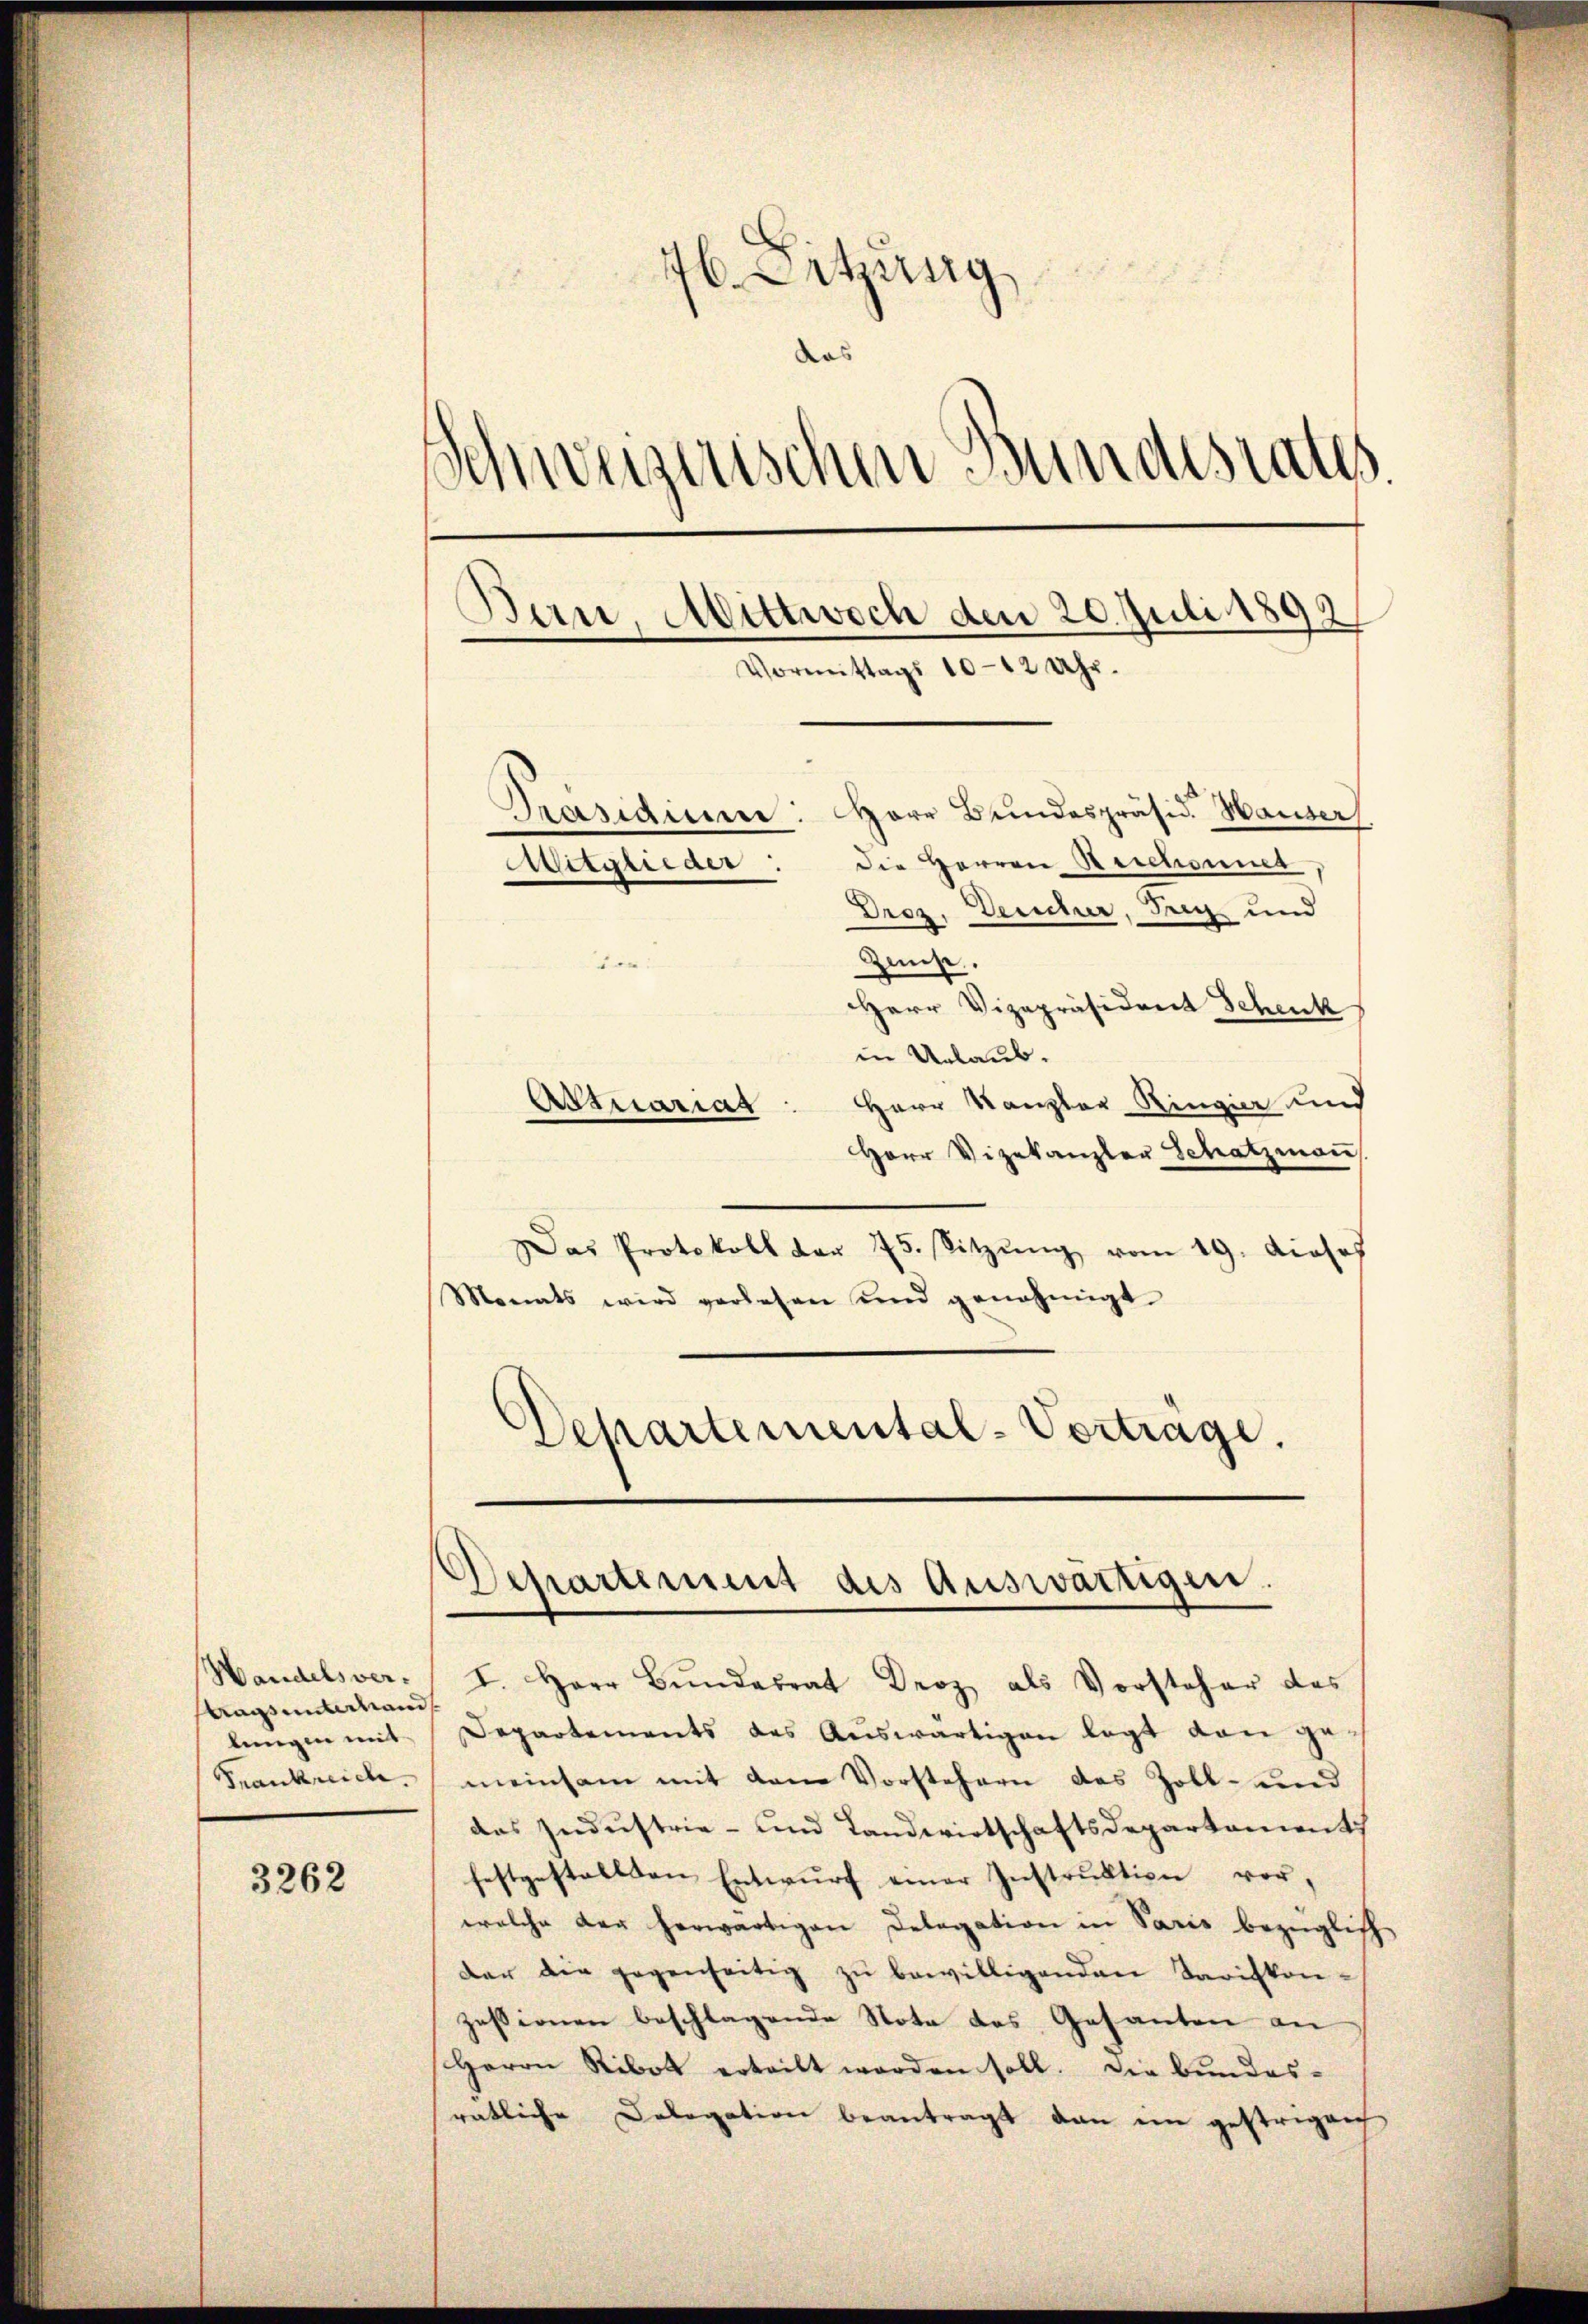
Bausunterhand
lungen mit

3262

76. Setzung
das
Schweizerischen Bundesrates.
Bern, Mittwoch den 20. Juli 189
Vormittags 10-12 Uhr.
Herr Bundespräsid. Hauser
Präsidium
die Herren Beschonnet
Mitglieder
Droz. Deucher, Teig und

Departement des Auswärtigen.
Handelsver. I. Herr Bŭndesrat Droz als Vorsteher des

Zeise.
:
HHerr Vizepräsident Schenk
in Urlaub.
Herr Kanzler Ringier und
Adinariat
Herr Vizekanzler Schatzmann
Das Protokoll der 75. Sitzŭng vom 19. Jose
Monats wird verlesen und genehmigt
Departemental-Vorträge.

Departements des Auswärtigen legt von ge-
Frankreich, meinsam mit dem Vorstehern das Zoll- und
das Industrie- und Landwirtschaftsdepartement
festgestellten Entwurf einer Instruktion vor,
welche der herwärtigen Delegation in Paris bezüglich
der die gegenseitig zu bewilligenden Tarifkon-
zessionen beschlagende Note des Gesanten an
Herrn Ribot erteilt worden soll. Die Bundes-
ratliche Delegation beantragt dan im gestrigen